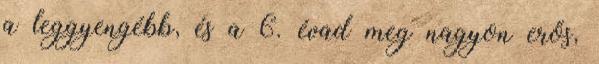
a leggyengébb, és a 6. évad meg nagyon erős,